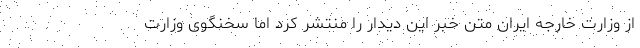
از وزارت خارجه ایران متن خبر این دیدار را منتشر کرد اما سخنگوی وزارت